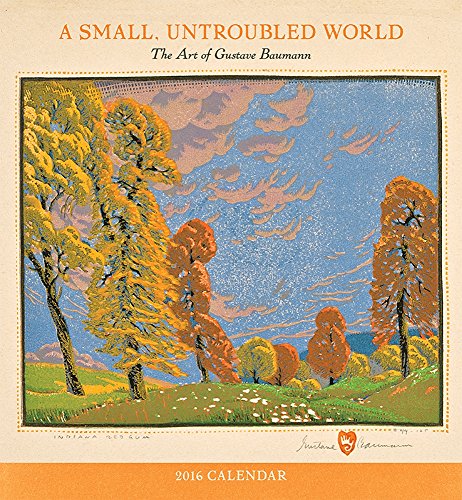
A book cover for A Small, Untroubled World 2016 Calendar: The Art of Gustave Baumann; Calendars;